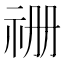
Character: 𮁧